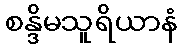
စန္ဒိမသူရိယာနံ